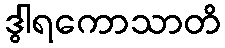
ဒွါရကောသာတိ